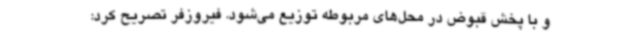
و با پخش قبوض در محل‌های مربوطه توزیع می‌شود. فیروزفر تصریح کرد: